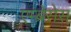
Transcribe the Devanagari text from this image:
एम्ब्रेसेस